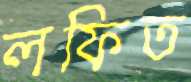
লফিত